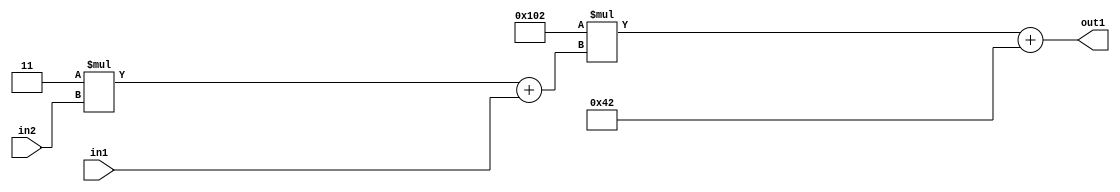
`timescale 1ps / 1ps
/*****************************************************************************
    Verilog RTL Description
    
    
    Created by: Stratus DpOpt 2019.1.01 
*******************************************************************************/

module DC_Filter_Add2i66Mul2i258Add2u1Mul2i3u2_1 (
	in2,
	in1,
	out1
	); /* architecture "behavioural" */ 
input [1:0] in2;
input  in1;
output [11:0] out1;
wire [11:0] asc001;
wire [3:0] asc002;

wire [3:0] asc002_tmp_0;
assign asc002_tmp_0 = 
	+(4'B0011 * in2);
assign asc002 = asc002_tmp_0
	+(in1);

wire [11:0] asc001_tmp_1;
assign asc001_tmp_1 = 
	+(12'B000100000010 * asc002);
assign asc001 = asc001_tmp_1
	+(12'B000001000010);

assign out1 = asc001;
endmodule

/* CADENCE  v7b3Tgo= : u9/ySgnWtBlWxVPRXgAZ4Og= ** DO NOT EDIT THIS LINE ******/